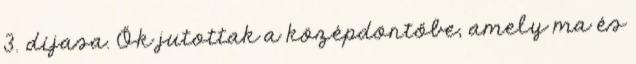
3. díjasa. Ők jutottak a középdöntőbe, amely ma és